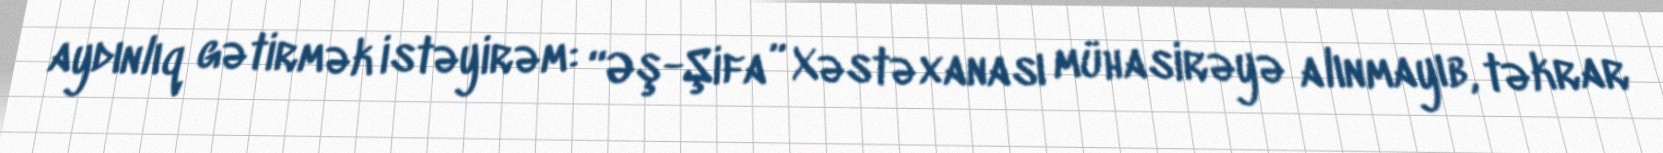
aydınlıq gətirmək istəyirəm: “Əş-Şifa” Xəstəxanası mühasirəyə alınmayıb, təkrar